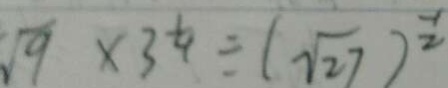
\sqrt { 9 } \times 3 ^ { \frac { 1 } { 4 } } \div ( \sqrt { 2 7 } ) ^ { \frac { 1 } { 2 } }